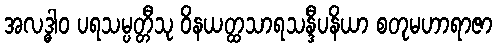
အလဒ္ဓါဝ ပရသမ္ပတ္တီသု ဝိနယတ္ထသာရသန္ဒီပနိယာ စတုမဟာရာဇာ